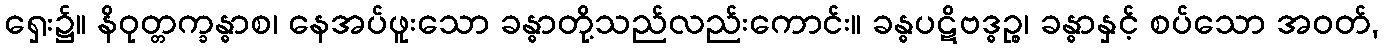
ရှေး၌။ နိဝုတ္တက္ခန္ဓာစ၊ နေအပ်ဖူးသော ခန္ဓာတို့သည်လည်းကောင်း။ ခန္ဓပဋိဗဒ္ဓဉ္စ၊ ခန္ဓာနှင့် စပ်သော အဝတ်,